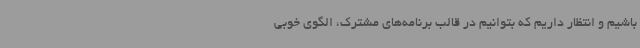
باشیم و انتظار داریم که بتوانیم در قالب برنامه‌های مشترک، الگوی خوبی